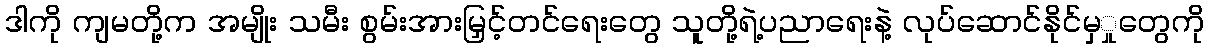
ဒါကို ကျမတို့က အမျိုး သမီး စွမ်းအားမြှင့်တင်ရေးတွေ သူတို့ရဲ့ပညာရေးနဲ့ လုပ်ဆောင်နိုင်မှှုတွေကို